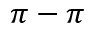
\pi - \pi